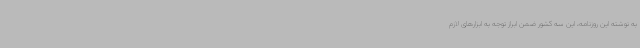
به نوشته این روزنامه، این سه کشور ضمن ابراز توجه به ابزارهای لازم